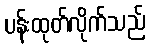
ပန်းထုတ်လိုက်သည်